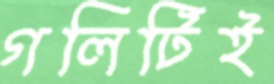
গলিটিই